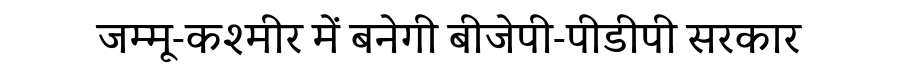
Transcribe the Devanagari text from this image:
जम्मू-कश्मीर में बनेगी बीजेपी-पीडीपी सरकार